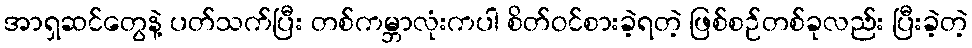
အာရှဆင်တွေနဲ့ ပတ်သက်ပြီး တစ်ကမ္ဘာလုံးကပါ စိတ်ဝင်စားခဲ့ရတဲ့ ဖြစ်စဉ်တစ်ခုလည်း ပြီးခဲ့တဲ့